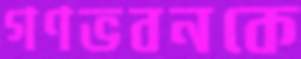
গণভবনকে